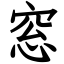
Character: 窓